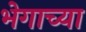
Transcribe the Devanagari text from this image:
भेगाच्या